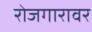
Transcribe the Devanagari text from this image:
रोजगारावर